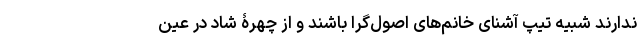
ندارند شبیه تیپ آشنای خانم‌های اصول‌گرا باشند و از چهرۀ شاد در عین